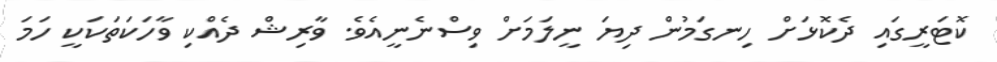
ކޮޓަރީގައި ދެކޮޅަށް ހިނގަމުން ދިޔަ ނީލަމަށް ވިސްނެނީއެވެ. ވާރިޝް ދެއްކި ވާހަކަތަކަކީ ހަމަ